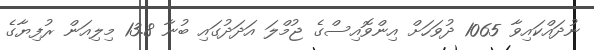
ނުދައްކައިވާ 1065 ދުވަހަށް އިންވޮއިސްގެ ޖުމްލަ އަދަދުގައި ބުނާ 13.8 މިލިއަން ރުފިޔާގެ